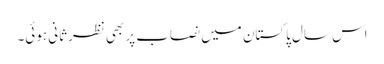
اس سال پاکستان میں نصاب پر بھی نظرثانی ہوئی۔